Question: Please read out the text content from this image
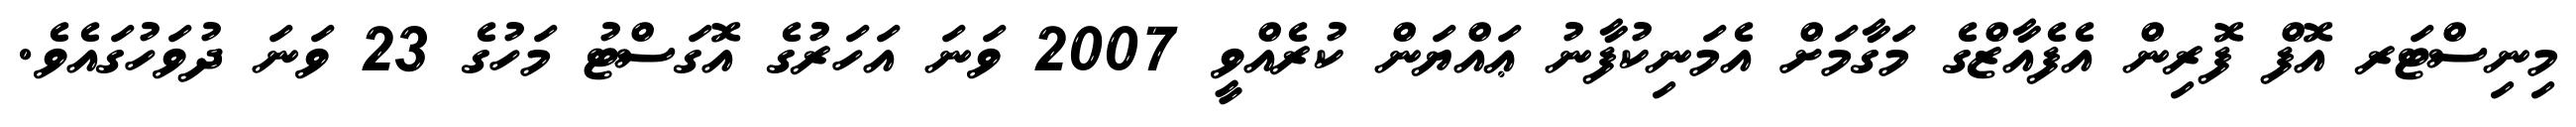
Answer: މިނިސްޓަރ އޮފް ފޮރިން އެފެއާޒްގެ މަގާމަށް އެމަނިކުފާނު ޢައްޔަން ކުރެއްވީ 2007 ވަނަ އަހަރުގެ އޮގަސްޓު މަހުގެ 23 ވަނަ ދުވަހުގައެވެ.